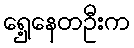
ရှေ့နေတဦးက